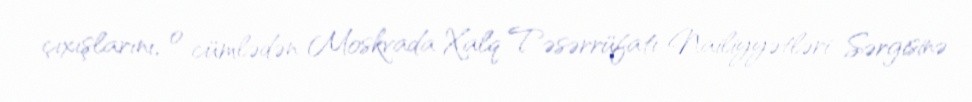
çıxışlarını, o cümlədən Moskvada Xalq Təsərrüfatı Nailiyyətləri Sərgisinə